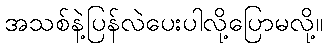
အသစ်နဲ့ပြန်လဲပေးပါလို့ပြောမလို့။